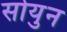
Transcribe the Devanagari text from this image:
सोयुन